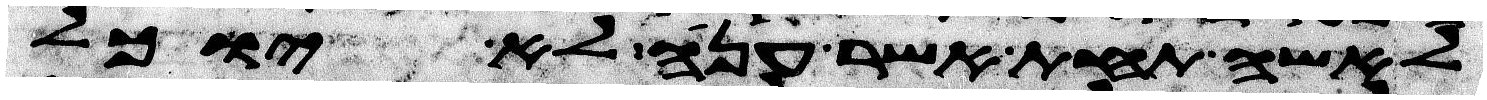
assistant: לאשה תחת אשר ענה לא יוכל